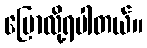
ပြောလို့ရပါတယ်။